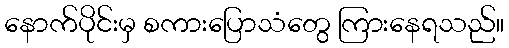
နောက်ပိုင်းမှ စကားပြောသံတွေ ကြားနေရသည်။